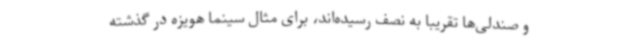
و صندلی‌ها تقریبا به نصف رسیده‌اند، برای مثال سینما هویزه در گذشته